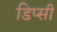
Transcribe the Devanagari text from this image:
डिप्सी